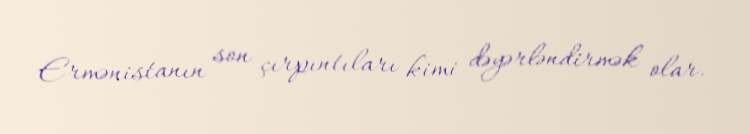
Ermənistanın son çırpıntıları kimi dəyərləndirmək olar.